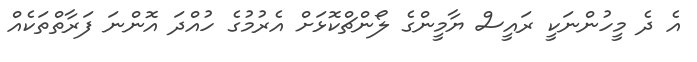
އެ ދެ މީހުންނަކީ ރައީސް ޔާމީންގެ ލޯންޗްކޮޅަށް އެރުމުގެ ހުއްދަ އޮންނަ ފަރާތްތަކެއް